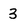
Character: 3